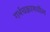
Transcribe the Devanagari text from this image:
गर्भचक्रामधील